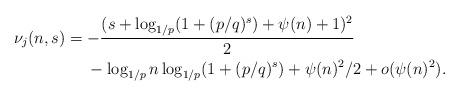
LaTeX: \begin{align*}\nu_j(n, s) &= -\frac{(s + \log_{1/p}(1 + (p/q)^s) + \psi(n) + 1)^2}{2} \\ &~ ~ ~~- \log_{1/p} n \log_{1/p} (1 + (p/q)^s) + \psi(n)^2/2 + o(\psi(n)^2). \end{align*}